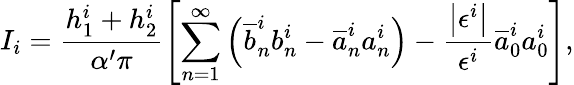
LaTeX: I_{i}=\frac{h_{1}^{i}+h_{2}^{i}}{\alpha^{\prime}\pi}\left[\sum_{n=1}^{\infty}\left(\overline{{{b}}}_{n}^{i}b_{n}^{i}-\overline{{{a}}}_{n}^{i}a_{n}^{i}\right)-\frac{\left|\epsilon^{i}\right|}{\epsilon^{i}}\overline{{{a}}}_{0}^{i}a_{0}^{i}\right],